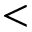
<